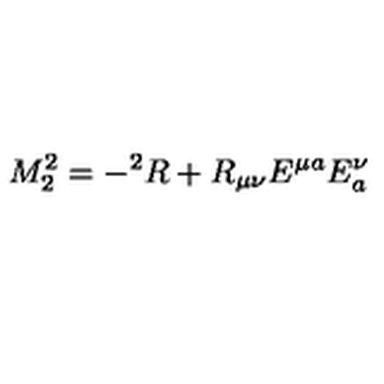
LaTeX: M _ { 2 } ^ { 2 } = - { } ^ { 2 } R + R _ { \mu \nu } E ^ { \mu a } E _ { a } ^ { \nu }